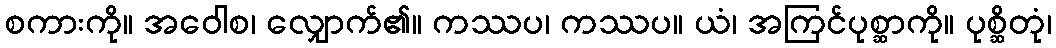
စကားကို။ အဝေါစ၊ လျှောက်၏။ ကဿပ၊ ကဿပ။ ယံ၊ အကြင်ပုစ္ဆာကို။ ပုစ္ဆိတုံ၊